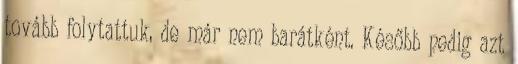
tovább folytattuk, de már nem barátként. Később pedig azt